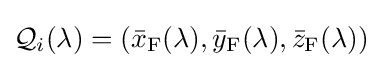
{\mathcal {Q}}_{i}(\lambda )=({\bar {x}}_{\text{F}}(\lambda ),{\bar {y}}_{\text{F}}(\lambda ),{\bar {z}}_{\text{F}}(\lambda ))